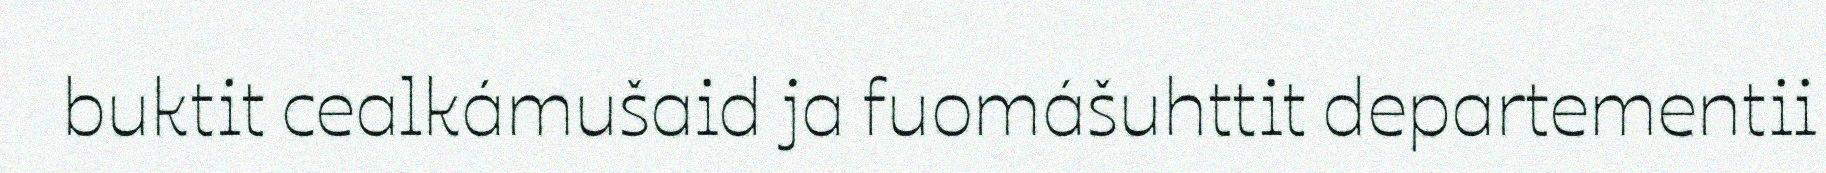
buktit cealkámušaid ja fuomášuhttit departementii